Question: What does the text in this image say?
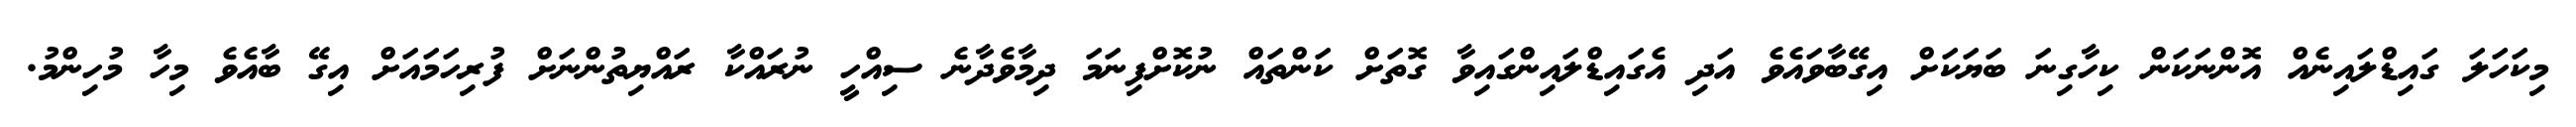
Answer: މިކަހަލަ ގައިޑްލައިނެއް އޮންނަކަން ކިހާގިނަ ބަޔަކަށް އިގޭބާވައެވެ އަދި އެގައިޑްލައިންގައިވާ ގޮތަށް ކަންތައް ނުކޮށްފިނަމަ ދިމާވެދާނެ ސިއްހީ ނުރައްކާ ރައްޔިތުންނަށް ފުރިހަމައަށް އިގޭ ބާއެވެ މިހާ މުހިންމު.